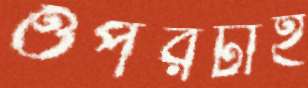
ওপরটাই